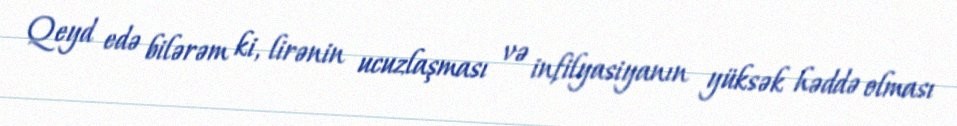
Qeyd edə bilərəm ki, lirənin ucuzlaşması və infilyasiyanın yüksək həddə olması